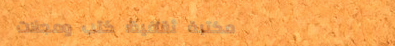
مكتبة ثقافية: كتب ومجلات